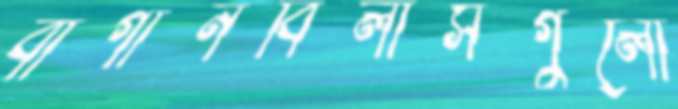
বাগানবিলাসগুলো